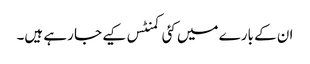
ان کے بارے میں کئی کمنٹس کیے جا رہے ہیں۔